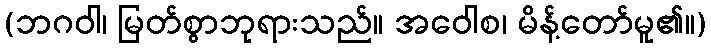
(ဘဂဝါ၊ မြတ်စွာဘုရားသည်။ အဝေါစ၊ မိန့်တော်မူ၏။)